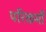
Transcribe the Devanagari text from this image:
परिकर्मों